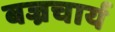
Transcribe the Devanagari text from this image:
बज्रचार्य